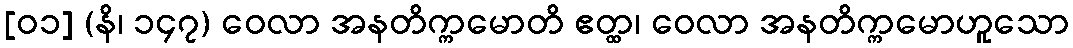
[၀၁] (နိ၊ ၁၄၇) ဝေလာ အနတိက္ကမောတိ ဧတ္ထ၊ ဝေလာ အနတိက္ကမောဟူသော